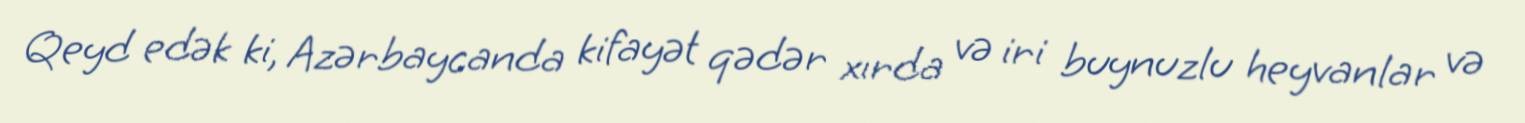
Qeyd edək ki, Azərbaycanda kifayət qədər xırda və iri buynuzlu heyvanlar və